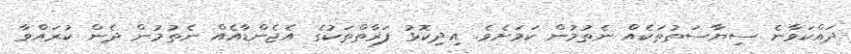
ދައްކަވާނެ ސިޔާސަތުތަކެއް ނެތުމުން ކަމަށެވެ. އިދިކޮޅު ފަރާތްތަކުގެ އެޖެންޑާއެއް ނެތުމުން ދެން ކުރައްވާ